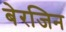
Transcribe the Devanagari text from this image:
बेरजिन